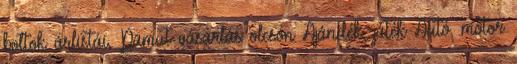
boltok árlistái, Pamut vásárlás olcsón Ajándék, játék Autó, motor